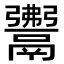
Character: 𩱎